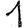
Digit: 1